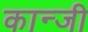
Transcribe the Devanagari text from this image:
कान्जी